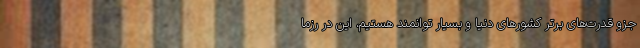
جزو قدرت‌های برتر کشورهای دنیا و بسیار توانمند هستیم، این در رزما